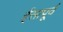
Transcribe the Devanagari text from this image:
ईसापू्र्व